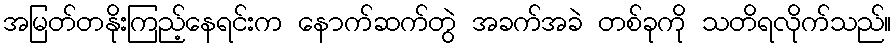
အမြတ်တနိုးကြည့်နေရင်းက နောက်ဆက်တွဲ အခက်အခဲ တစ်ခုကို သတိရလိုက်သည်။